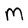
Character: M